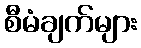
စီမံချက်များ